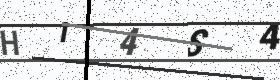
Text: HI4S4